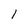
Character: l